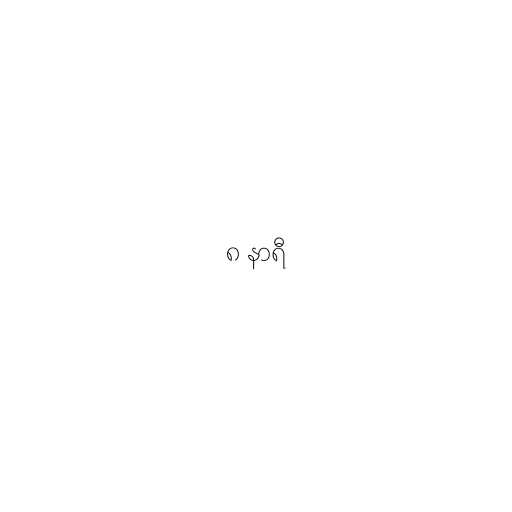
၈ နာရီ